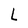
Character: L